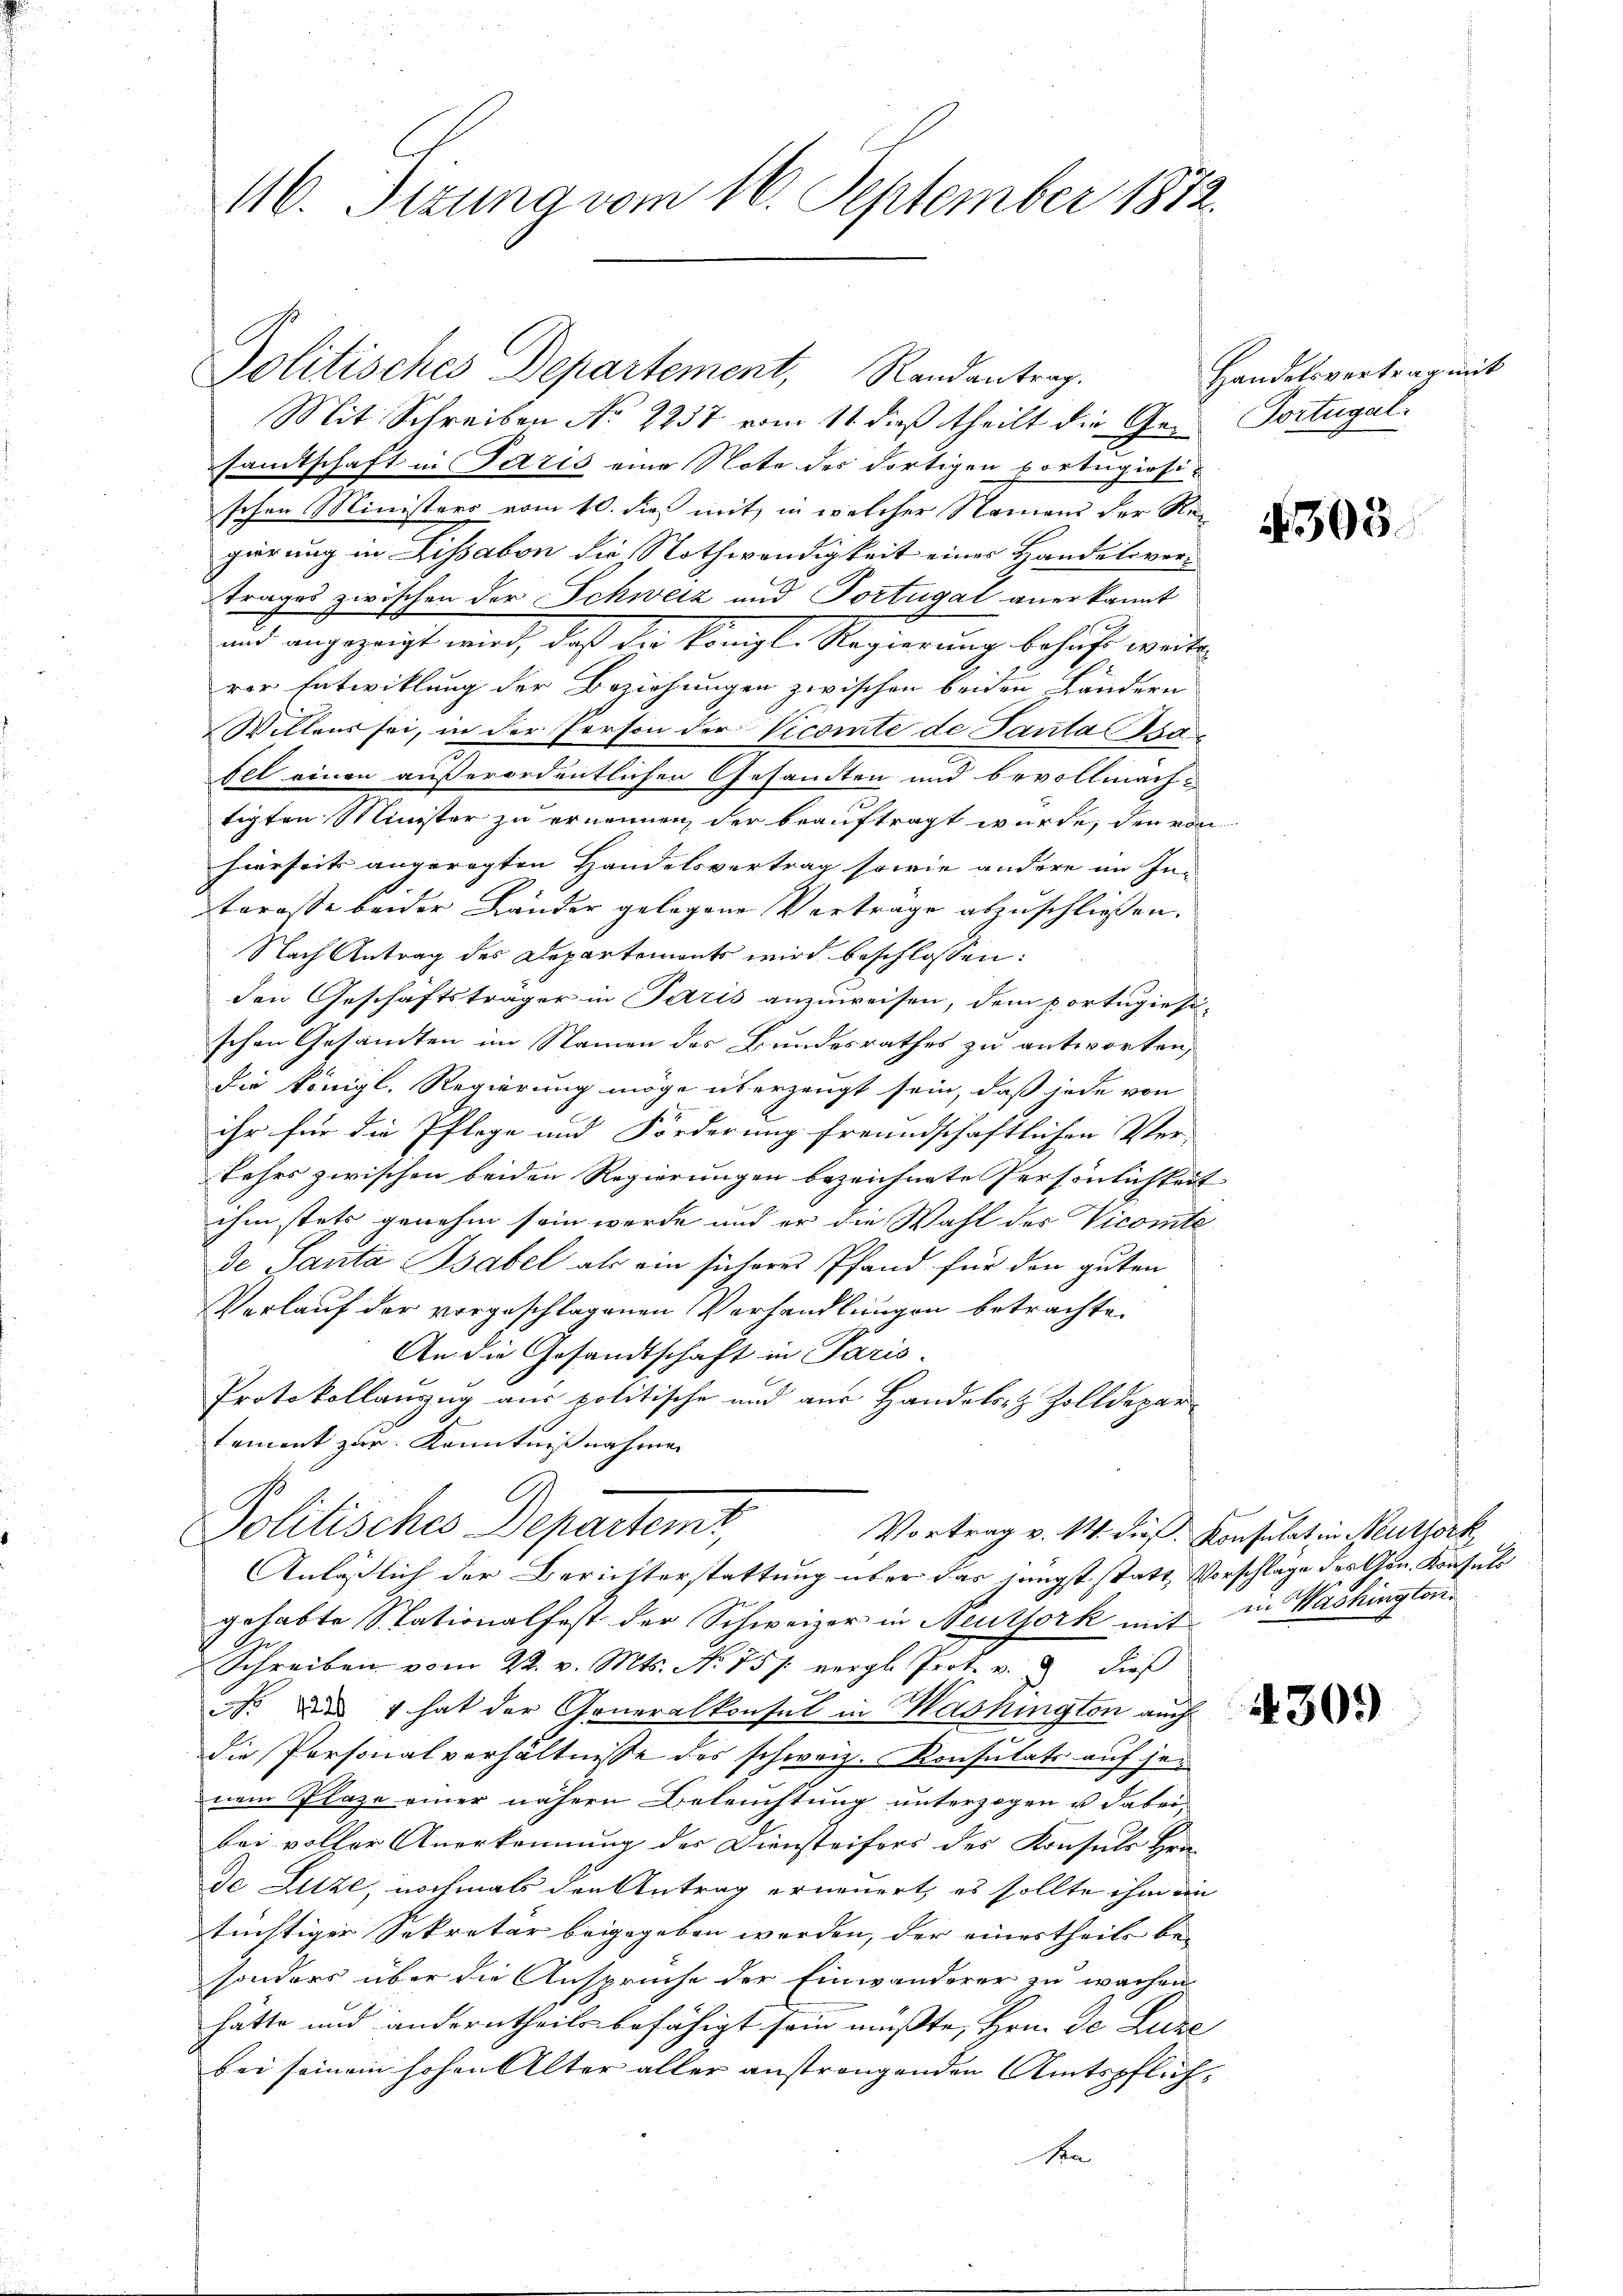
116. Sizung vom 16. September 1872.

Mit Schreiben No 2257 vom 11 dieß theilt die Ge- Portugalsandtschaft in Paris eine Note des dortigen Portugisischon Ministers vom 10. dieß mit, in welcher Namens der Regierung in Lissabon die Nothwendigkeit einer Handelsvortrages zwischen der Schweiz und Portugal anerkannt
und angezeigt wird, daß die Königl. Regierung behufe weite
rer Entwicklung der Beziehungen zwischen beiden Ländern
Willens sei, in der Person der Vicomte de Panta Baabel einen außerordentlichen Gesandten und bevollmachtigten Minister zu ernennen, der beauftragt würde, den von
hierseits angeregten Handelsvertrag sowie andere im In-
tarasse beider Länder gelegene Vertrage abzuschließen.
Nach Antrag des Departements wird beschlossen:
den Geschäftsträger in Paris anzuweisen, dem portugiesi-
schen Gesandten im Namen des Bundesrathes zu antworten,
die Königl. Regierung möge überzeugt sein, daß jede von
ihr für die Pflege und Förderung freundschaftlichen Ver-
kehrs zwischen beiden Regierungen bezeichnete Persönlichkeit
ihm stets genehm sein werde und er die Wahl des Vicomte
de Panta Bsabel als ein sicheres Pfand für den guten
Verlauf der vorgeschlagenen Verhandlungen betrachte.
An die Gesandtschaft in Paris
Protokollanzug aus politische und aus Handelsr. Zolldepar-
tement zur Kenntnißnahme
Politisches Departemt,
Vortrag v. 14. dieß Konsulat in Neuthork
Anläßlich der Berichterstattung über das jüngst statt Vorschläge des Gen. Konsuls
gehabte Stationalfest der Schweizer in Neutfork mit in Washington
Schreiben vom 22. v. Mts. No 751. vergl. Prot. v. 3. dies
 des 4 hat der Generalkonsul in Washington auch
die Personalverhältnisse des schweiz. Konsulats auf jen
nem Plaze einer nähern Beleuchtung unterzogen u. dabei
bei voller Anerkennung der Diensteifers des Konsuls Hrn.
de Luze, nochmals den Antrag erneuert, es sollte ihm ein
tüchtiger Sekretär beigegeben worden, der eines theils bei
sonders über die Ansprüche der Einwanderer zu wachen
hätte und anderntheils befähigt sein musste, Hrn. De Luze
bei seinem hohen Alter aller anstrangenden Amtspflichka

Politisches Departement, Randantrag.

Handelsvertrag mit

4305.

430.